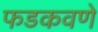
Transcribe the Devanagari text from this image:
फडकवणे